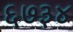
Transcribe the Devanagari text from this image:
६७३४